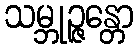
သမ္ဘုဉ္ဇန္တော